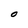
Character: 0